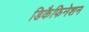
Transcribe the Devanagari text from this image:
डिकैफिनेशन